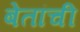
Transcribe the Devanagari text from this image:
बेतांची